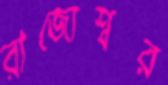
রাজ্যেশ্বর